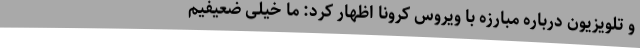
و تلویزیون درباره مبارزه با ویروس کرونا اظهار کرد: ما خیلی ضعیفیم